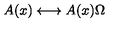
A ( x ) \longleftrightarrow A ( x ) \Omega